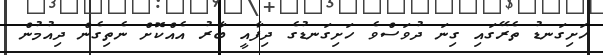
ހަށިގަނޑު ތެރޭގައި ގިނަ ދުވަސްވެ ހަށިގަނޑުގެ ދިފާއީ ބާރު އެއްކޮށް ނެތިގެން ދިއުމުން